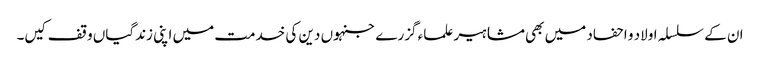
ان کے سلسلہ اولاد و احفاد میں بھی مشاہیر علماء گزرے جنہوں دین کی خدمت میں اپنی زندگیاں وقف کیں۔